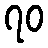
၇၀